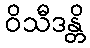
ဝိသီဒန္တိ